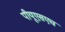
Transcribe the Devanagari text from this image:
पीयूएसएच